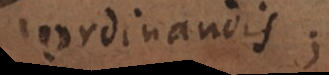
ordinandis;